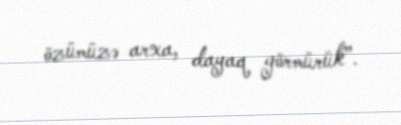
özümüzə arxa, dayaq görmürük”.